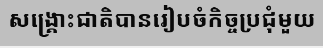
សង្គ្រោះជាតិបានរៀបចំកិច្ចប្រជុំមួយ